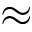
\approx